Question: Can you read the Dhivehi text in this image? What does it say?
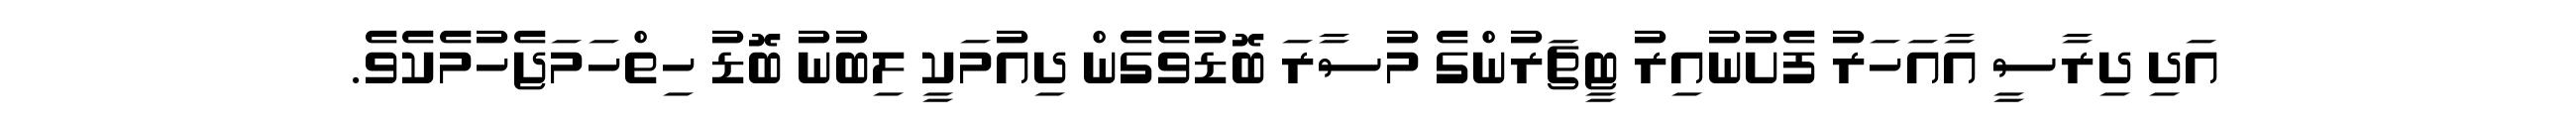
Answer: އަދި ދިރާސީ އާއަހަރު ފެށުނުއިރު ޓީޗަރުންގެ މުސާރަ ބޮޑުވެގެން ދިއުމަކީ ލިބުނު ބޮޑު ހިތްހަމަޖެހުމެކެވެ.